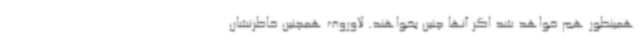
همینطور هم خواهد شد اگر آنها چنین بخواهند. لاوروف همچنین خاطرنشان